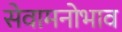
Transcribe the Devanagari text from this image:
सेवामनोभाव